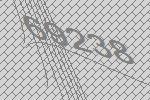
69238